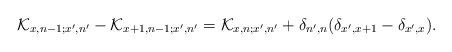
LaTeX: \begin{align*}{\cal K}_{x,n-1;x',n'}-{\cal K}_{x+1,n-1;x',n'} = {\cal K}_{x,n;x',n'} +\delta_{n',n}(\delta_{x',x+1}-\delta_{x',x}).\end{align*}